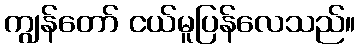
ကျွန်တော် ငယ်မူပြန်လေသည်။